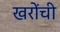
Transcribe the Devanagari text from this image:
खरोंची